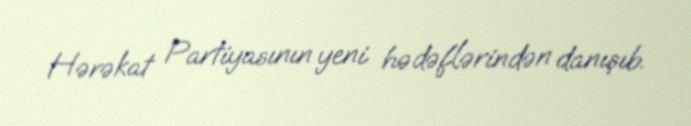
Hərəkat Partiyasının yeni hədəflərindən danışıb.